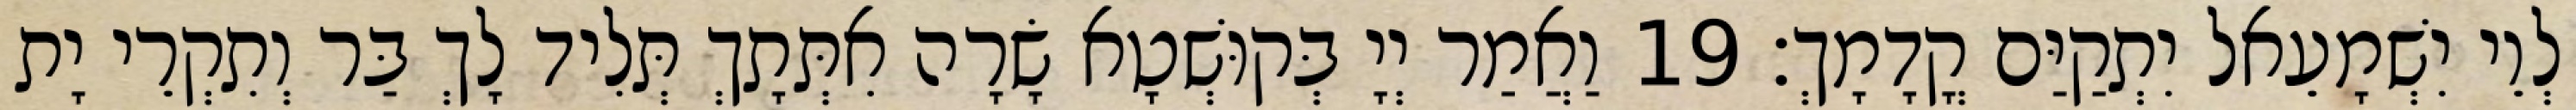
לְוֵי יִשְׁמָעֵאל יִתְקַיַּם קֳדָמָךְ׃ 19 וַאֲמַר יְיָ בְּקוּשְׁטָא שָׂרָה אִתְּתָךְ תְּלִיד לָךְ בַּר וְתִקְרֵי יָת